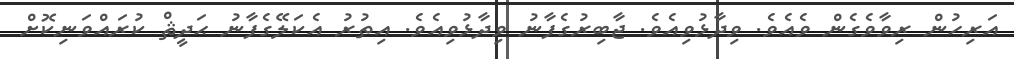
އަރިހުން ރިވާވެގެން ވެއެވެ. ވިދާޅުވިއެވެ. ޖާބިރުގެފާނު ވިދާޅުވިއެވެ. އިތުރު އެކަލޭގެފާނު ޙަދީޘް ކުރައްވަނިކޮށް